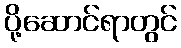
ပို့ဆောင်ရာတွင်